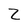
Character: Z